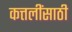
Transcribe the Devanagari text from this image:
कत्तलींसाठी